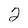
Character: 2